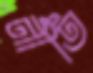
নীতি